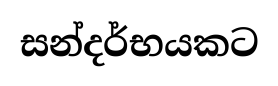
සන්දර්භයකට